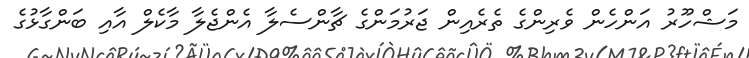
މަޝްހޫރު އަންހެން ވެރިންގެ ތެރެއިން ޖަރުމަންގެ ޗާންސެލާ އެންޖެލާ މާކެލް އާއި ބަންގާޅުގެ